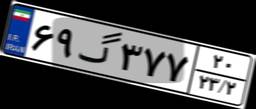
۶۷گ۰۸۰۷۸